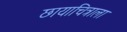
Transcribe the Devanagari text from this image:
छायाचित्राला